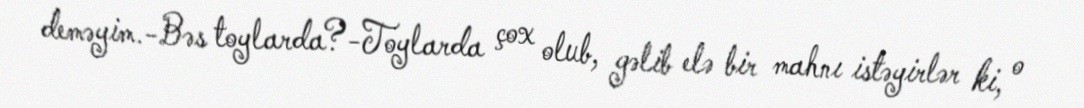
deməyim.-Bəs toylarda?-Toylarda çox olub, gəlib elə bir mahnı istəyirlər ki, o